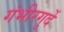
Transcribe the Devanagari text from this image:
गंभीरगुर्दे